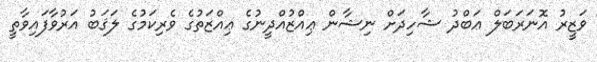
ވަޒީރު އޮނަރަބަލް ޢަބްދު ޝާހިދަށް ނިޝާން ޢިއްޒުއްދީނުގެ ޢިއްޒަތުގެ ވެރިކަމުގެ ލަޤަބު އަރުވާފައިވާތީ